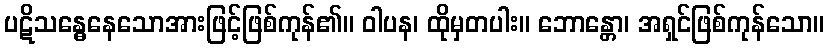
ပဋိသန္ဓေနေသောအားဖြင့်ဖြစ်ကုန်၏။ ဝါပန၊ ထိုမှတပါး။ ဘောန္တော၊ အရှင်ဖြစ်ကုန်သော။